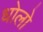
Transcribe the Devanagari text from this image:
धोलो